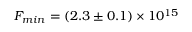
F _ { m i n } = ( 2 . 3 \pm 0 . 1 ) \times 1 0 ^ { 1 5 }